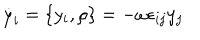
\dot { y } _ { i } = \{ y _ { i } , \rho \} = - \omega \epsilon _ { i j } y _ { j }